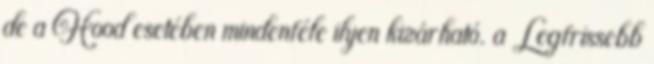
de a Hood esetében mindenféle ilyen kizárható. a Legfrissebb